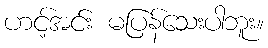
ဟင့်အင်း မပြန်သေးပါဘူး။